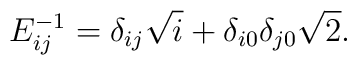
E^{-1}_{ij}=\delta_{ij}\sqrt{i}+\delta_{i0}\delta_{j0}\sqrt{2}.